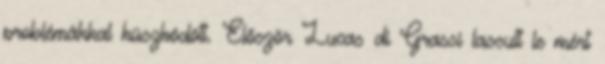
problémákkal küszködött. Először Lucas di Grassi lassult le mért